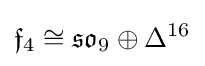
{\mathfrak {f}}_{4}\cong {\mathfrak {so}}_{9}\oplus \Delta ^{16}